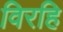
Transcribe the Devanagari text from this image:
विरहि